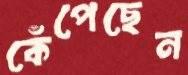
কেঁপেছেন